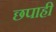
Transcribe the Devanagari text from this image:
छपाही